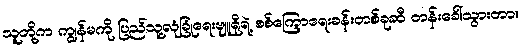
သူတို့က ကျွန်မကို ပြည်သူ့လုံခြုံရေးဗျူရိုရဲ့ စစ်ကြောရေးခန်းတစ်ခုဆီ တန်းခေါ်သွားတာ။